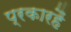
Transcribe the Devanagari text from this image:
प्रकारहैं